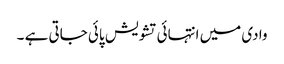
وادی میں انتہائی تشویش پائی جاتی ہے ۔